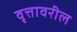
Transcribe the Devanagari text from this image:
वृत्तावरील